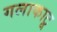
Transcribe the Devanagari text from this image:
गलाकाटू